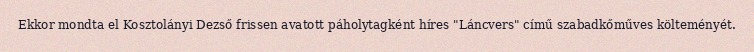
Ekkor mondta el Kosztolányi Dezső frissen avatott páholytagként híres "Láncvers" című szabadkőműves költeményét.